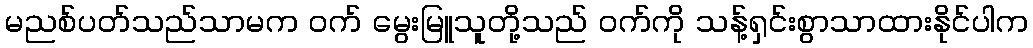
မညစ်ပတ်သည်သာမက ဝက် မွေးမြူသူတို့သည် ဝက်ကို သန့်ရှင်းစွာသာထားနိုင်ပါက